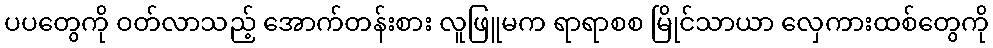
ပပတွေကို ဝတ်လာသည့် အောက်တန်းစား လူဖြူမက ရာရာစစ မြိုင်သာယာ လှေကားထစ်တွေကို